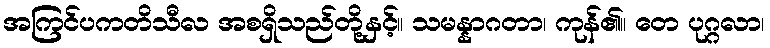
အကြင်ပကတိသီလ အစရှိသည်တို့နှင့်။ သမန္နာဂတာ၊ ကုန်၏။ တေ ပုဂ္ဂလာ၊